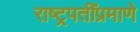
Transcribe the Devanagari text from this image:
राष्ट्रपतींप्रमाणे